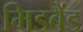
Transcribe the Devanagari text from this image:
मिडबैंड